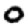
Digit: 0